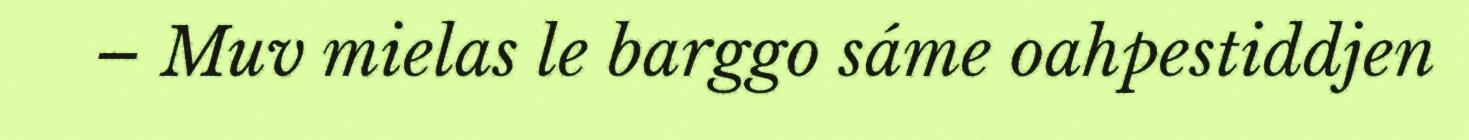
– Muv mielas le barggo sáme oahpestiddjen